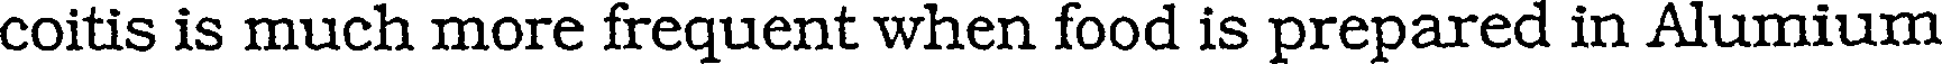
coitis is much more frequent when food is prepared in Alumium